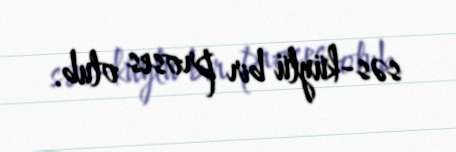
səs-küylü bir proses olub.